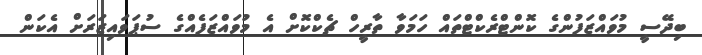
ބިދޭސީ މުވައްޒަފުންގެ ކޮންޓްރެކްޓްތައް ހަމަވާ ތާރީހް ޗެކްކޮށް އެ މުވައްޒަފެއްގެ ސުޕަވައިޒަރަށް އެކަން